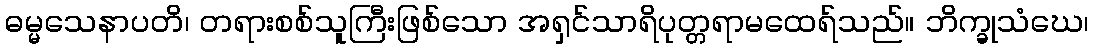
ဓမ္မသေနာပတိ၊ တရားစစ်သူကြီးဖြစ်သော အရှင်သာရိပုတ္တရာမထေရ်သည်။ ဘိက္ခုသံဃေ၊